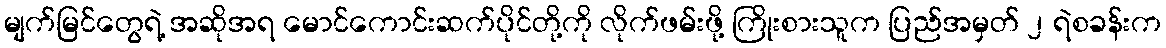
မျက်မြင်တွေရဲ့ အဆိုအရ မောင်ကောင်းဆက်ပိုင်တို့ကို လိုက်ဖမ်းဖို့ ကြိုးစားသူက ပြည်အမှတ် ၂ ရဲစခန်းက